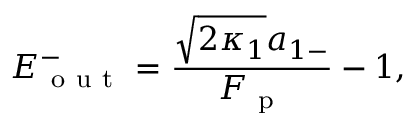
E _ { \mathrm { ~ o ~ u ~ t ~ } } ^ { - } = \frac { \sqrt { 2 \kappa _ { 1 } } a _ { 1 - } } { F _ { \mathrm { ~ p ~ } } } - 1 ,